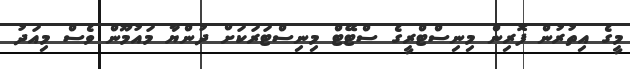
މީގެ އިތުރުން ފޮރިން މިނިސްޓްރީގެ ސްޓޭޓް މިނިސްޓަރަކަށް ދުންޔާ މައުމޫން ވެސް މިއަދު